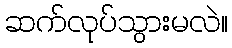
ဆက်လုပ်သွားမလဲ။